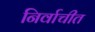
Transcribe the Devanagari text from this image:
निर्वाचीत